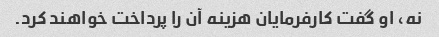
نه، او گفت کارفرمایان هزینه آن را پرداخت خواهند کرد.